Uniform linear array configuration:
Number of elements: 4
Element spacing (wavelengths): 0.75
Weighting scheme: cosine
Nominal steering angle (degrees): -45
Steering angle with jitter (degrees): -45.043
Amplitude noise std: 0.05
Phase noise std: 0.05

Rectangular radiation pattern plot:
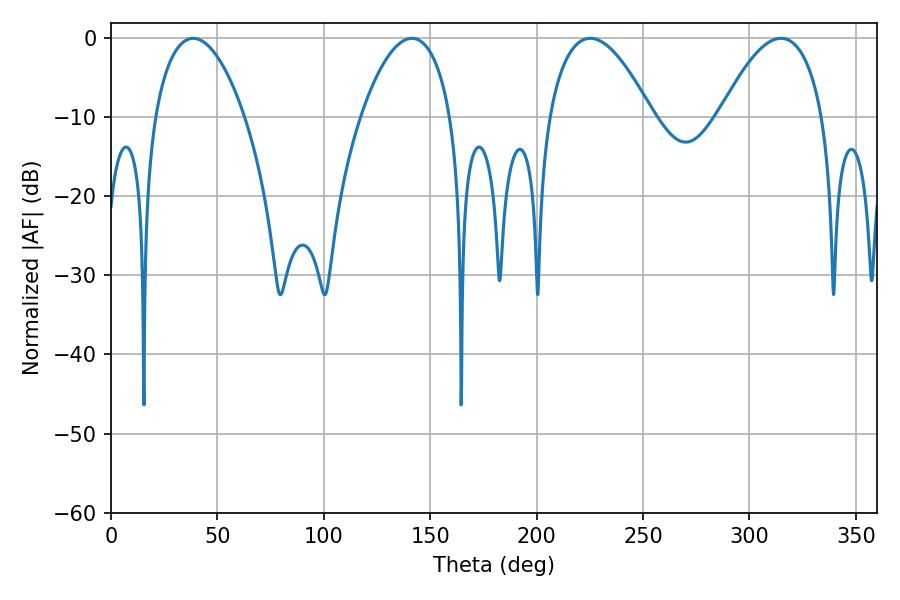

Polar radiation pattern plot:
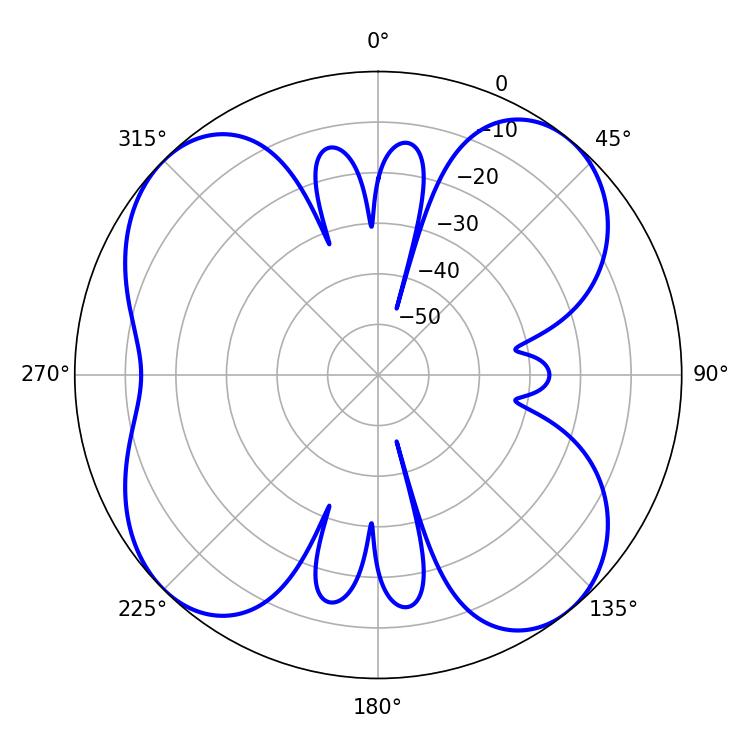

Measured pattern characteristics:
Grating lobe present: TRUE
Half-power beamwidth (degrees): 26.82
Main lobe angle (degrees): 225.18